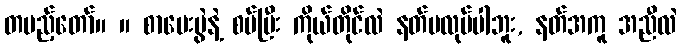
တပည့်တော်။ ။ စာမေးပွဲနဲ့ စပ်ပြီး ကိုယ်တိုင်လဲ နတ်မလုပ်ပါဘူး, နတ်အကူ အညီလဲ